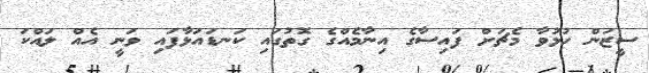
ސީޒަން ހުޅުވާ މެޗަށް ފައިސާގެ އިނާމެއްގެ ގޮތުގައި ކަނޑައަޅާފައި ވަނީ އެއް ލައްކަ